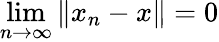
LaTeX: \operatorname*{lim}_{n\to\infty}\left\| x_{n}-x\right\| =0